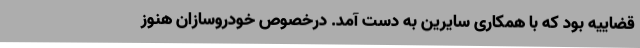
قضاییه بود که با همکاری سایرین به دست آمد. درخصوص خودروسازان هنوز